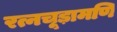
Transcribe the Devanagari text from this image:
रत्नचूड़ामणि